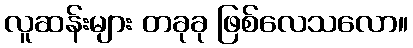
လူဆန်းများ တခုခု ဖြစ်လေသလော။